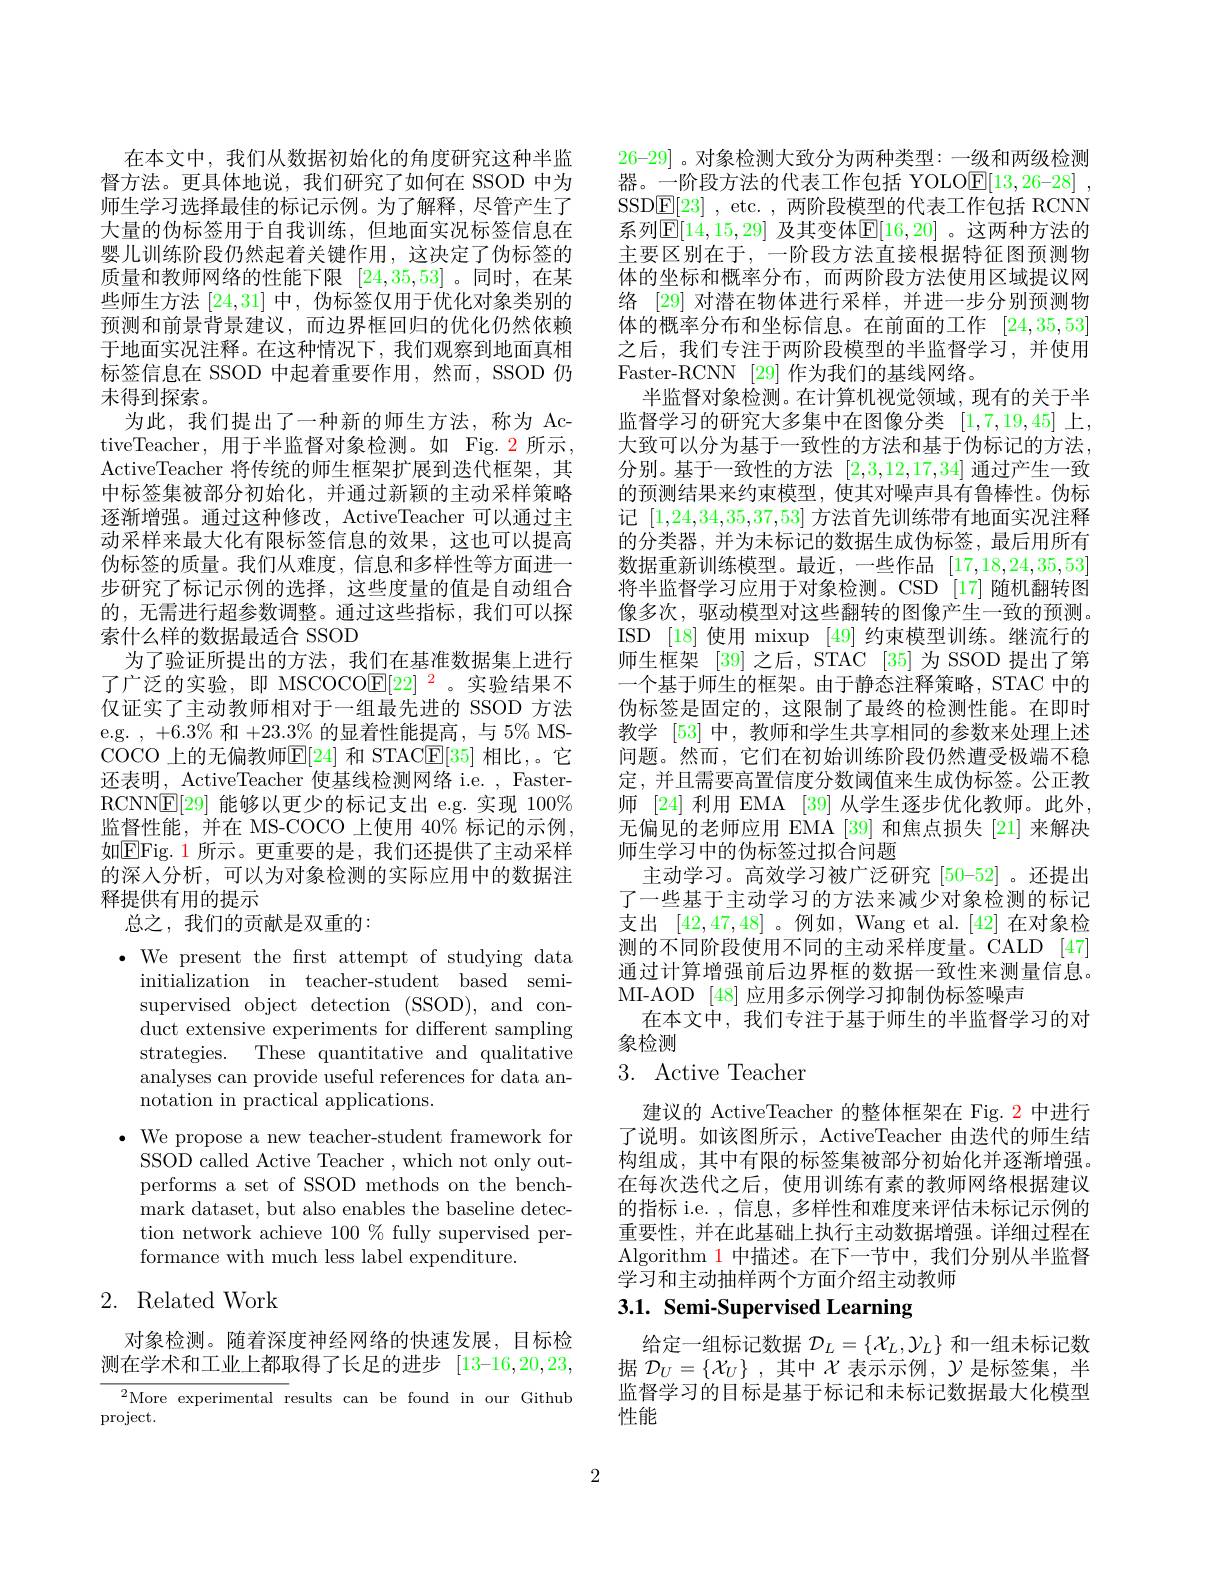
在本文中，我们从数据初始化的角度研究这种半监督方法。更具体地说，我们研究了如何在 SSOD 中为师生学习选择最佳的标记示例。为了解释，尽管产生了大量的伪标签用于自我训练，但地面实况标签信息在婴儿训练阶段仍然起着关键作用，这决定了伪标签的质量和教师网络的性能下限[24,35,53] 。同时，在某些师生方法[24,31]中，伪标签仅用于优化对象类别的预测和前景背景建议，而边界框回归的优化仍然依赖于地面实况注释。在这种情况下，我们观察到地面真相标签信息在 SSOD 中起着重要作用，然而，SSOD 仍末得到探索。
为此，我们提出了一种新的师生方法，称为 ActiveTeacher,用于半监督对象检测。如 Fig.2 所示， ActiveTeacher 将传统的师生框架扩展到迭代框架，其中标签集被部分初始化，并通过新颖的主动采样策略逐渐增强。通过这种修改，ActiveTeacher 可以通过主动采样来最大化有限标签信息的效果，这也可以提高伪标签的质量。我们从难度，信息和多样性等方面进一步研究了标记示例的选择，这些度量的值是自动组合的，无需进行超参数调整。通过这些指标，我们可以探索什么样的数据最适合 SSOD
为了验证所提出的方法，我们在基准数据集上进行了广泛的实验，即 MSCOCO$\mathbb{E}[22]^2$。实验结果不仅证实了主动教师相对于一组最先进的 SSOD 方法e.g. $,+6.3\%$和$+23.3\%$的显着性能提高，与 5% MSCOCO 上的无偏教师$\boxed{\mathrm{E}}[24]$ 和 STAC$\boxed{\mathrm{E}}[35]$ 相比，。它还表明，ActiveTeacher 使基线检测网络 i.e. , FasterRCNN$\boxed{\mathrm{F}}[29]$能够以更少的标记支出 e.g.实现 100% 监督性能，并在 MS-COCO 上使用 40% 标记的示例， 如$\boxed{\mathrm{EFig.1}}$ 所示。更重要的是，我们还提供了主动采样的深入分析，可以为对象检测的实际应用中的数据注释提供有用的提示
总之，我们的贡献是双重的：

$\bullet$ We present the frst attempt of studying data
initialization in teacher-student based semisupervised object detection (SSOD), and conduct extensive experiments for different sampling strategies. These quantitative and qualitative analyses can provide useful references for data annotation in practical applications.
$\cdot$ We propose a new teacher-student framework for
SSOD called Active Teacher , which not only outperforms a set of SSOD methods on the benchmark dataset, but also enables the baseline detection network achieve 100% fully supervised performance with much less label expenditure.

# 2. Related Work

对象检测。随着深度神经网络的快速发展，目标检测在学术和工业上都取得了长足的进步 [13-16,20,23,

$^{2}$More experimental results can be found in our Github
project.

26-29] 。对象检测大致分为两种类型：一级和两级检测器。一阶段方法的代表工作包括 YOLO$\mathbb{E}[13,26-28]$ , SSD$\underline {\mathrm{E} }[ 23]$ , etc. , 两阶段模型的代表工作包括 RCNN 系列$\mathbb{E}[14,15,29]$ 及其变体$\mathbb{E}[16,20]$ 。这两种方法的主要区别在于，一阶段方法直接根据特征图预测物体的坐标和概率分布，而两阶段方法使用区域提议网络[29]对潜在物体进行采样，并进一步分别预测物体的概率分布和坐标信息。在前面的工作[24,35,53] 之后，我们专注于两阶段模型的半监督学习，并使用Faster-RCNN [29]作为我们的基线网络。
半监督对象检测。在计算机视觉领域，现有的关于半监督学习的研究大多集中在图像分类[1,7,19,45]上， 大致可以分为基于一致性的方法和基于伪标记的方法， 分别。基于一致性的方法[2,3,12,17,34]通过产生一致的预测结果来约束模型，使其对噪声具有鲁棒性。伪标记[1,24,34,35,37,53]方法首先训练带有地面实况注释的分类器，并为未标记的数据生成伪标签，最后用所有数据重新训练模型。最近，一些作品[17,18,24,35,53] 将半监督学习应用于对象检测。CSD [17]随机翻转图像多次，驱动模型对这些翻转的图像产生一致的预测。ISD [18] 使用 mixup [49] 约束模型训练。继流行的师生框架 [39] 之后，STAC [35] 为 SSOD 提出了第一个基于师生的框架。由于静态注释策略，STAC 中的伪标签是固定的，这限制了最终的检测性能。在即时教学[53]中，教师和学生共享相同的参数来处理上述问题。然而，它们在初始训练阶段仍然遭受极端不稳定，并且需要高置信度分数阈值来生成伪标签。公正教师 [24] 利用 EMA [39] 从学生逐步优化教师。此外， 无偏见的老师应用 EMA [39] 和焦点损失[21] 来解决师生学习中的伪标签过拟合问题
主动学习。高效学习被广泛研究 [50-52] 。还提出了一些基于主动学习的方法来减少对象检测的标记支出 [42,47,48]。例如，Wang et al.[42]在对象检测的不同阶段使用不同的主动采样度量。CALD [47] 通过计算增强前后边界框的数据一致性来测量信息。MI-AOD [48] 应用多示例学习抑制伪标签噪声
在本文中，我们专注于基于师生的半监督学习的对
象检测
3. Active Teacher

建议的 ActiveTeacher 的整体框架在 Fig. 2 中进行了说明。如该图所示，ActiveTeacher 由迭代的师生结构组成，其中有限的标签集被部分初始化并逐渐增强。在每次迭代之后，使用训练有素的教师网络根据建议的指标 i.e. , 信息，多样性和难度来评估未标记示例的重要性，并在此基础上执行主动数据增强。详细过程在Algorithm 1 中描述。在下一节中，我们分别从半监督学习和主动抽样两个方面介绍主动教师

# 3.1. Semi-Supervised Learning

给定一组标记数据$\mathcal{D}_L=\{\mathcal{X}_L,\mathcal{Y}_L\}$和一组未标记数据$\mathcal{D}_U=\{\mathcal{X}_U\}$,其中$\mathcal{X}$表示示例，$\mathcal{Y}$是标签集，半监督学习的目标是基于标记和未标记数据最大化模型性能

2